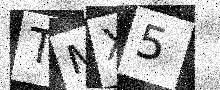
Text: TMX5